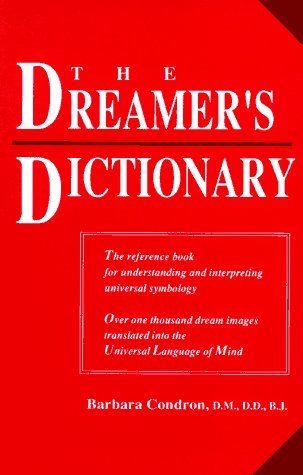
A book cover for The Dreamer's Dictionary; Barbara Condron; Self-Help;